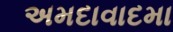
અમદાવાદમા